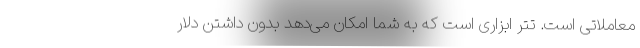
معاملاتی است. تتر ابزاری است که به شما امکان می‌دهد بدون داشتن دلار